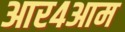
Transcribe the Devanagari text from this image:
आर४आम